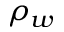
\rho _ { w }